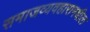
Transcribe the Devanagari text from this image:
समाजव्यवहारामधील